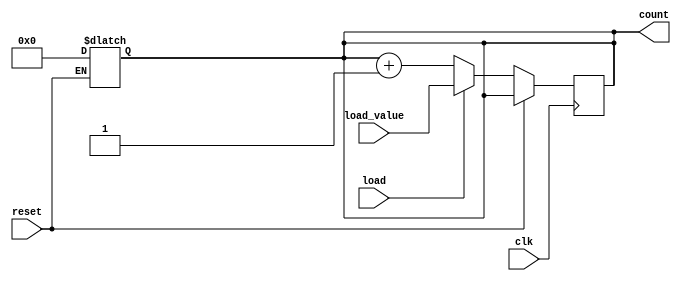
module loadable_counter (
    input wire clk,                // Clock input
    input wire load,               // Load control signal
    input wire [3:0] load_value,   // Load value input (4-bit)
    input wire reset,              // Asynchronous reset signal
    output reg [3:0] count         // Current count output (4-bit)
);

    // Asynchronous reset
    always @(*) begin
        if (reset) begin
            count <= 4'b0000;      // Reset count to 0
        end
    end

    // Synchronous operation on clock edge
    always @(posedge clk) begin
        if (!reset) begin
            if (load) begin
                count <= load_value; // Load new value
            end else begin
                count <= count + 1;   // Increment count
            end
        end
    end

endmodule